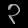
Digit: ၃